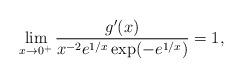
LaTeX: \begin{align*} \lim_{x\to 0^+} \frac{g'(x)}{x^{-2}e^{1/x}\exp(-e^{1/x})}=1,\end{align*}